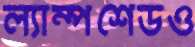
ল্যাম্পশেডও